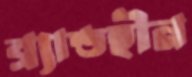
ব্র্যান্ডহীন